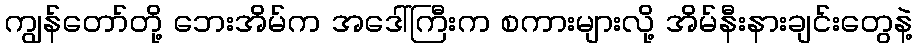
ကျွန်တော်တို့ ဘေးအိမ်က အဒေါ်ကြီးက စကားများလို့ အိမ်နီးနားချင်းတွေနဲ့